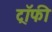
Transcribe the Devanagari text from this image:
ट्राॅफी